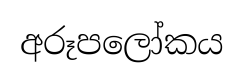
අරූපලෝකය